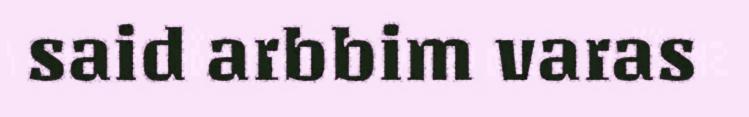
said arbbim varas